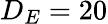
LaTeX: D_{E}=20